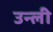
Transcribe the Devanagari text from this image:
उन्ली